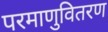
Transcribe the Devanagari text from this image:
परमाणुवितरण